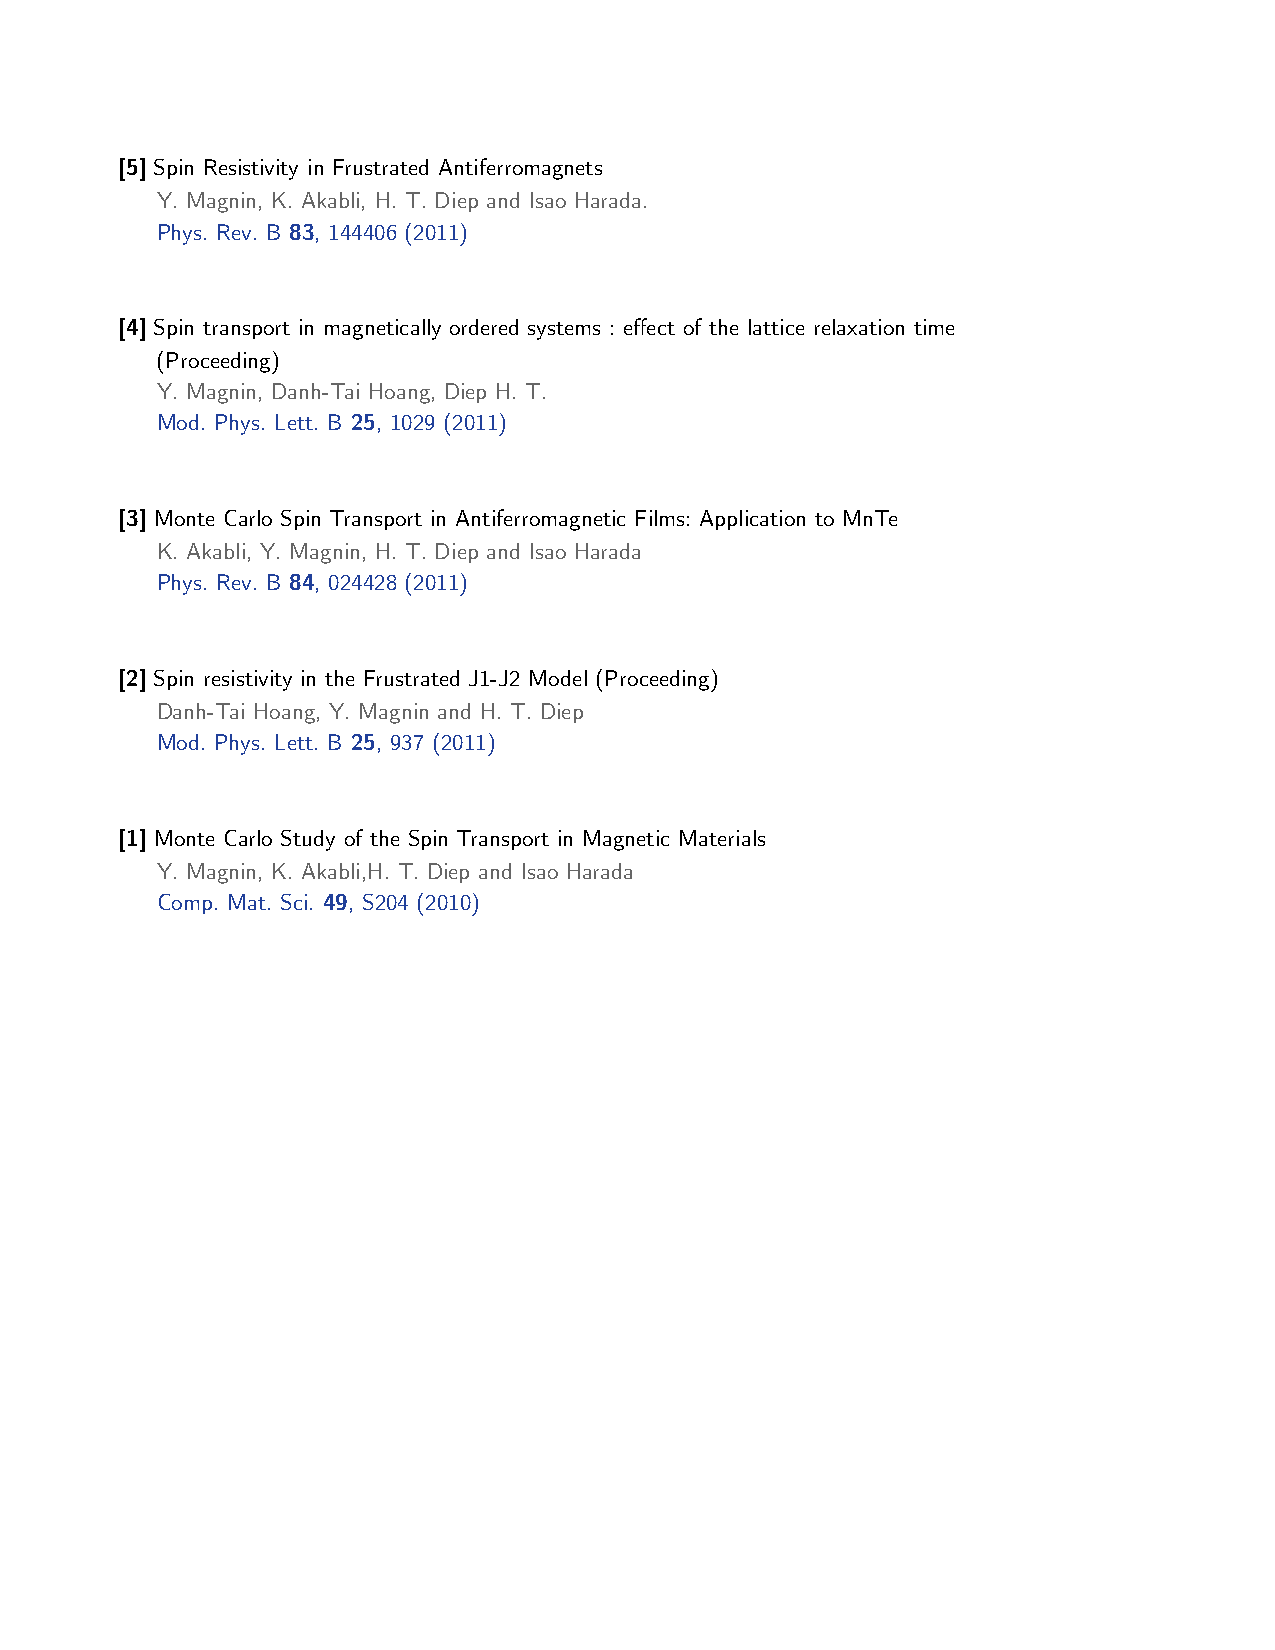
[5] Spin Resistivity in Frustrated Antiferromagnets
 Y. Magnin, K. Akabli, H. T. Diep and Isao Harada.
 Phys. Rev. B 83, 144406 (2011)
 [4] Spin transport in magnetically ordered systems : effect of the lattice relaxation time
 (Proceeding)
 Y. Magnin, Danh-Tai Hoang, Diep H. T.
 Mod. Phys. Lett. B 25, 1029 (2011)
 [3] Monte Carlo Spin Transport in Antiferromagnetic Films: Application to MnTe
 K. Akabli, Y. Magnin, H. T. Diep and Isao Harada
 Phys. Rev. B 84, 024428 (2011)
 [2] Spin resistivity in the Frustrated J1-J2 Model (Proceeding)
 Danh-Tai Hoang, Y. Magnin and H. T. Diep
 Mod. Phys. Lett. B 25, 937 (2011)
 [1] Monte Carlo Study of the Spin Transport in Magnetic Materials
 Y. Magnin, K. Akabli,H. T. Diep and Isao Harada
 Comp. Mat. Sci. 49, S204 (2010)